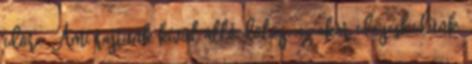
időre. Ami rajtunk kívül álló dolog, az akár idegeskedünk,